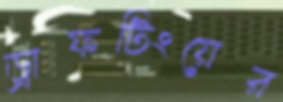
ড্রাফটিংয়ের